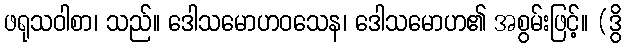
ဖရုသဝါစာ၊ သည်။ ဒေါသမောဟဝသေန၊ ဒေါသမောဟ၏ အစွမ်းဖြင့်။ (ဒွိ